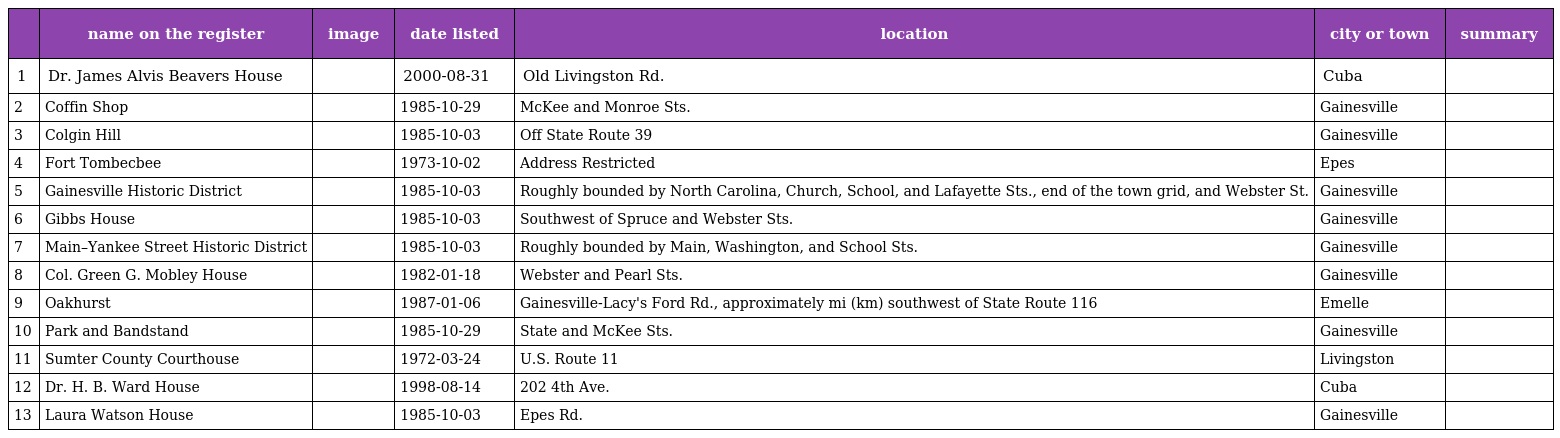
|  | name on the register | image | date listed | location | city or town | summary |
 | --- | --- | --- | --- | --- | --- | --- |
 | 1 | Dr. James Alvis Beavers House |  | 2000-08-31 | Old Livingston Rd. | Cuba |  |
 | 2 | Coffin Shop |  | 1985-10-29 | McKee and Monroe Sts. | Gainesville |  |
 | 3 | Colgin Hill |  | 1985-10-03 | Off State Route 39 | Gainesville |  |
 | 4 | Fort Tombecbee |  | 1973-10-02 | Address Restricted | Epes |  |
 | 5 | Gainesville Historic District |  | 1985-10-03 | Roughly bounded by North Carolina, Church, School, and Lafayette Sts., end of the town grid, and Webster St. | Gainesville |  |
 | 6 | Gibbs House |  | 1985-10-03 | Southwest of Spruce and Webster Sts. | Gainesville |  |
 | 7 | Main–Yankee Street Historic District |  | 1985-10-03 | Roughly bounded by Main, Washington, and School Sts. | Gainesville |  |
 | 8 | Col. Green G. Mobley House |  | 1982-01-18 | Webster and Pearl Sts. | Gainesville |  |
 | 9 | Oakhurst |  | 1987-01-06 | Gainesville-Lacy's Ford Rd., approximately mi (km) southwest of State Route 116 | Emelle |  |
 | 10 | Park and Bandstand |  | 1985-10-29 | State and McKee Sts. | Gainesville |  |
 | 11 | Sumter County Courthouse |  | 1972-03-24 | U.S. Route 11 | Livingston |  |
 | 12 | Dr. H. B. Ward House |  | 1998-08-14 | 202 4th Ave. | Cuba |  |
 | 13 | Laura Watson House |  | 1985-10-03 | Epes Rd. | Gainesville |  |